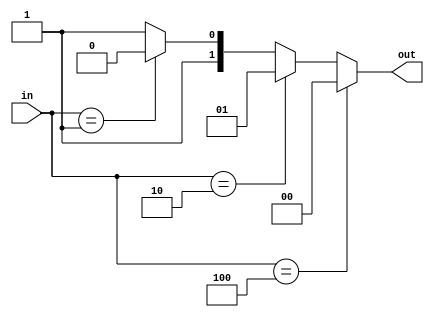
module priority_case (
    input wire [2:0] in,
    output wire [1:0] out
);

reg [1:0] out;

always @(*)
begin
    if (in == 3'b100)
        out = 2'b00;
    else if (in == 3'b010)
        out = 2'b01;
    else if (in == 3'b001)
        out = 2'b10;
    else
        out = 2'b11;
end

endmodule